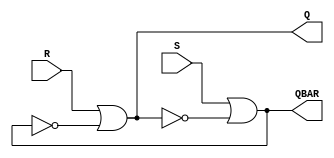
//------------------------------------------------------
// Copyright 1992, 1993 Cascade Design Automation Corporation.
//------------------------------------------------------
module stdrslatch_nor(R,S,Q,QBAR);
  parameter
        d_R_r = 0,
        d_R_f = 0,
        d_S_r = 0,
        d_S_f = 0,
        d_Q_r = 1,
        d_Q_f = 1,
        d_QBAR_r = 1,
        d_QBAR_f = 1;
  input  R;
  input  S;
  output  Q;
  output  QBAR;
  wire  R_temp;
  wire  S_temp;
  reg  Q_temp;
  reg  QBAR_temp;
  assign #(d_R_r,d_R_f) R_temp = R;
  assign #(d_S_r,d_S_f) S_temp = S;
  assign #(d_Q_r,d_Q_f) Q = Q_temp;
  assign #(d_QBAR_r,d_QBAR_f) QBAR = QBAR_temp;
  always
    @(S_temp or Q_temp)
      begin
      QBAR_temp = (S_temp | ( ~ Q_temp));
      end
  always
    @(R_temp or QBAR_temp)
      begin
      Q_temp = (R_temp | ( ~ QBAR_temp));
      end
endmodule